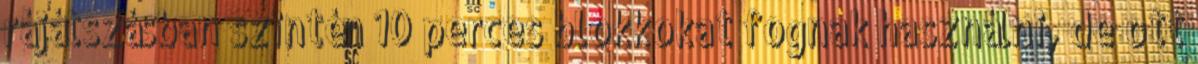
rájátszásban szintén 10 perces blokkokat fognak használni, de ott